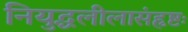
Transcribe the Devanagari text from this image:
नियुद्धलीलासंहृष्टः